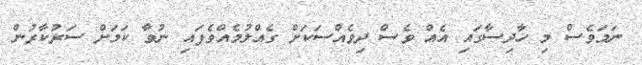
ނަމަވެސް މި ހާދިސާގައި އެއް ވެސް ދިވެއްސަކަށް ގެއްލުމެއްވެފައި ނުވާ ކަމަށް ސަރުކާރުން